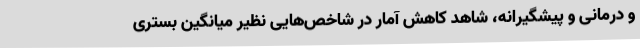
و درمانی و پیشگیرانه، شاهد کاهش آمار در شاخص‌هایی نظیر میانگین بستری